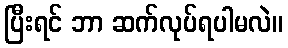
ပြီးရင် ဘာ ဆက်လုပ်ရပါမလဲ။